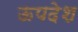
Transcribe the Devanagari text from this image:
ऊपदेश